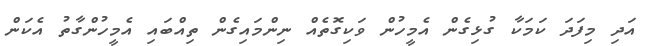
އަދި މިފަދަ ކަމަކާ ގުޅިގެން އެމީހުން ވަކިގޮތެއް ނިންމައިގެން ތިއްބައި އެމީހުންގާތު އެކަން